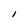
Character: I